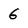
Character: G